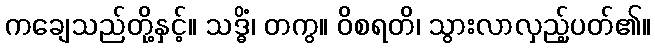
ကချေသည်တို့နှင့်။ သဒ္ဓိံ၊ တကွ။ ဝိစရတိ၊ သွားလာလှည့်ပတ်၏။